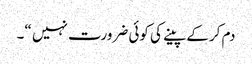
دم کرکے پینے کی کوئی ضرورت نہیں “۔